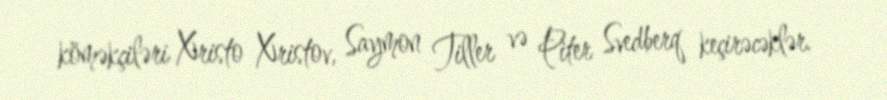
köməkçiləri Xristo Xristov, Saymon Tiller və Piter Svedberq keçirəcəklər.